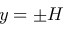
y = \pm H